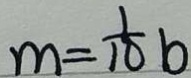
m = \frac { 1 } { 1 0 } b